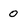
Character: 0